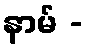
နာမ် -